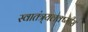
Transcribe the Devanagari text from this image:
स्वातंत्र्यलक्ष्मीस